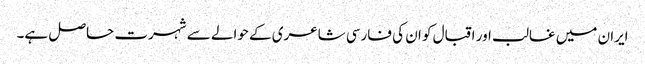
ایران میں غالب اور اقبال کو ان کی فارسی شاعری کے حوالے سے شہرت حاصل ہے۔